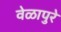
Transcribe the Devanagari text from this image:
वेळापुरे